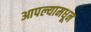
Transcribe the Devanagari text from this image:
आपल्यामधून